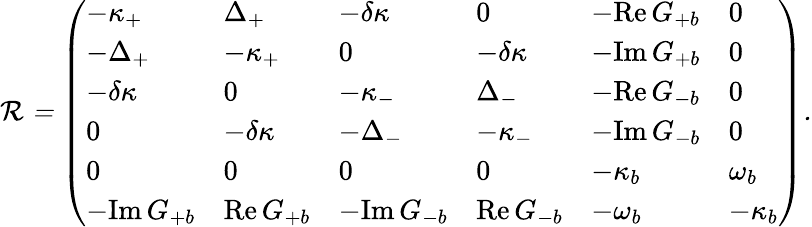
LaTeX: \begin{array}{r}{\cal R=\left(\begin{array}{llllll}{-\kappa_{+}}&{{\Delta}_{+}}&{-\delta\kappa}&{0}&{-\mathrm{Re}\, G_{+b}}&{0}\\ {-{\Delta}_{+}}&{-\kappa_{+}}&{0}&{-\delta\kappa}&{-\mathrm{Im}\, G_{+b}}&{0}\\ {-\delta\kappa}&{0}&{-\kappa_{-}}&{{\Delta}_{-}}&{-\mathrm{Re}\, G_{-b}}&{0}\\ {0}&{-\delta\kappa}&{-{\Delta}_{-}}&{-\kappa_{-}}&{-\mathrm{Im}\, G_{-b}}&{0}\\ {0}&{0}&{0}&{0}&{-\kappa_{b}}&{\omega_{b}}\\ {{-\mathrm{Im}\, G_{+b}}}&{\mathrm{Re}\, G_{+b}}&{{-\mathrm{Im}\, G_{-b}}}&{\mathrm{Re}\, G_{-b}}&{-\omega_{b}}&{-\kappa_{b}}\end{array}\right).}\end{array}